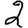
Digit: 2